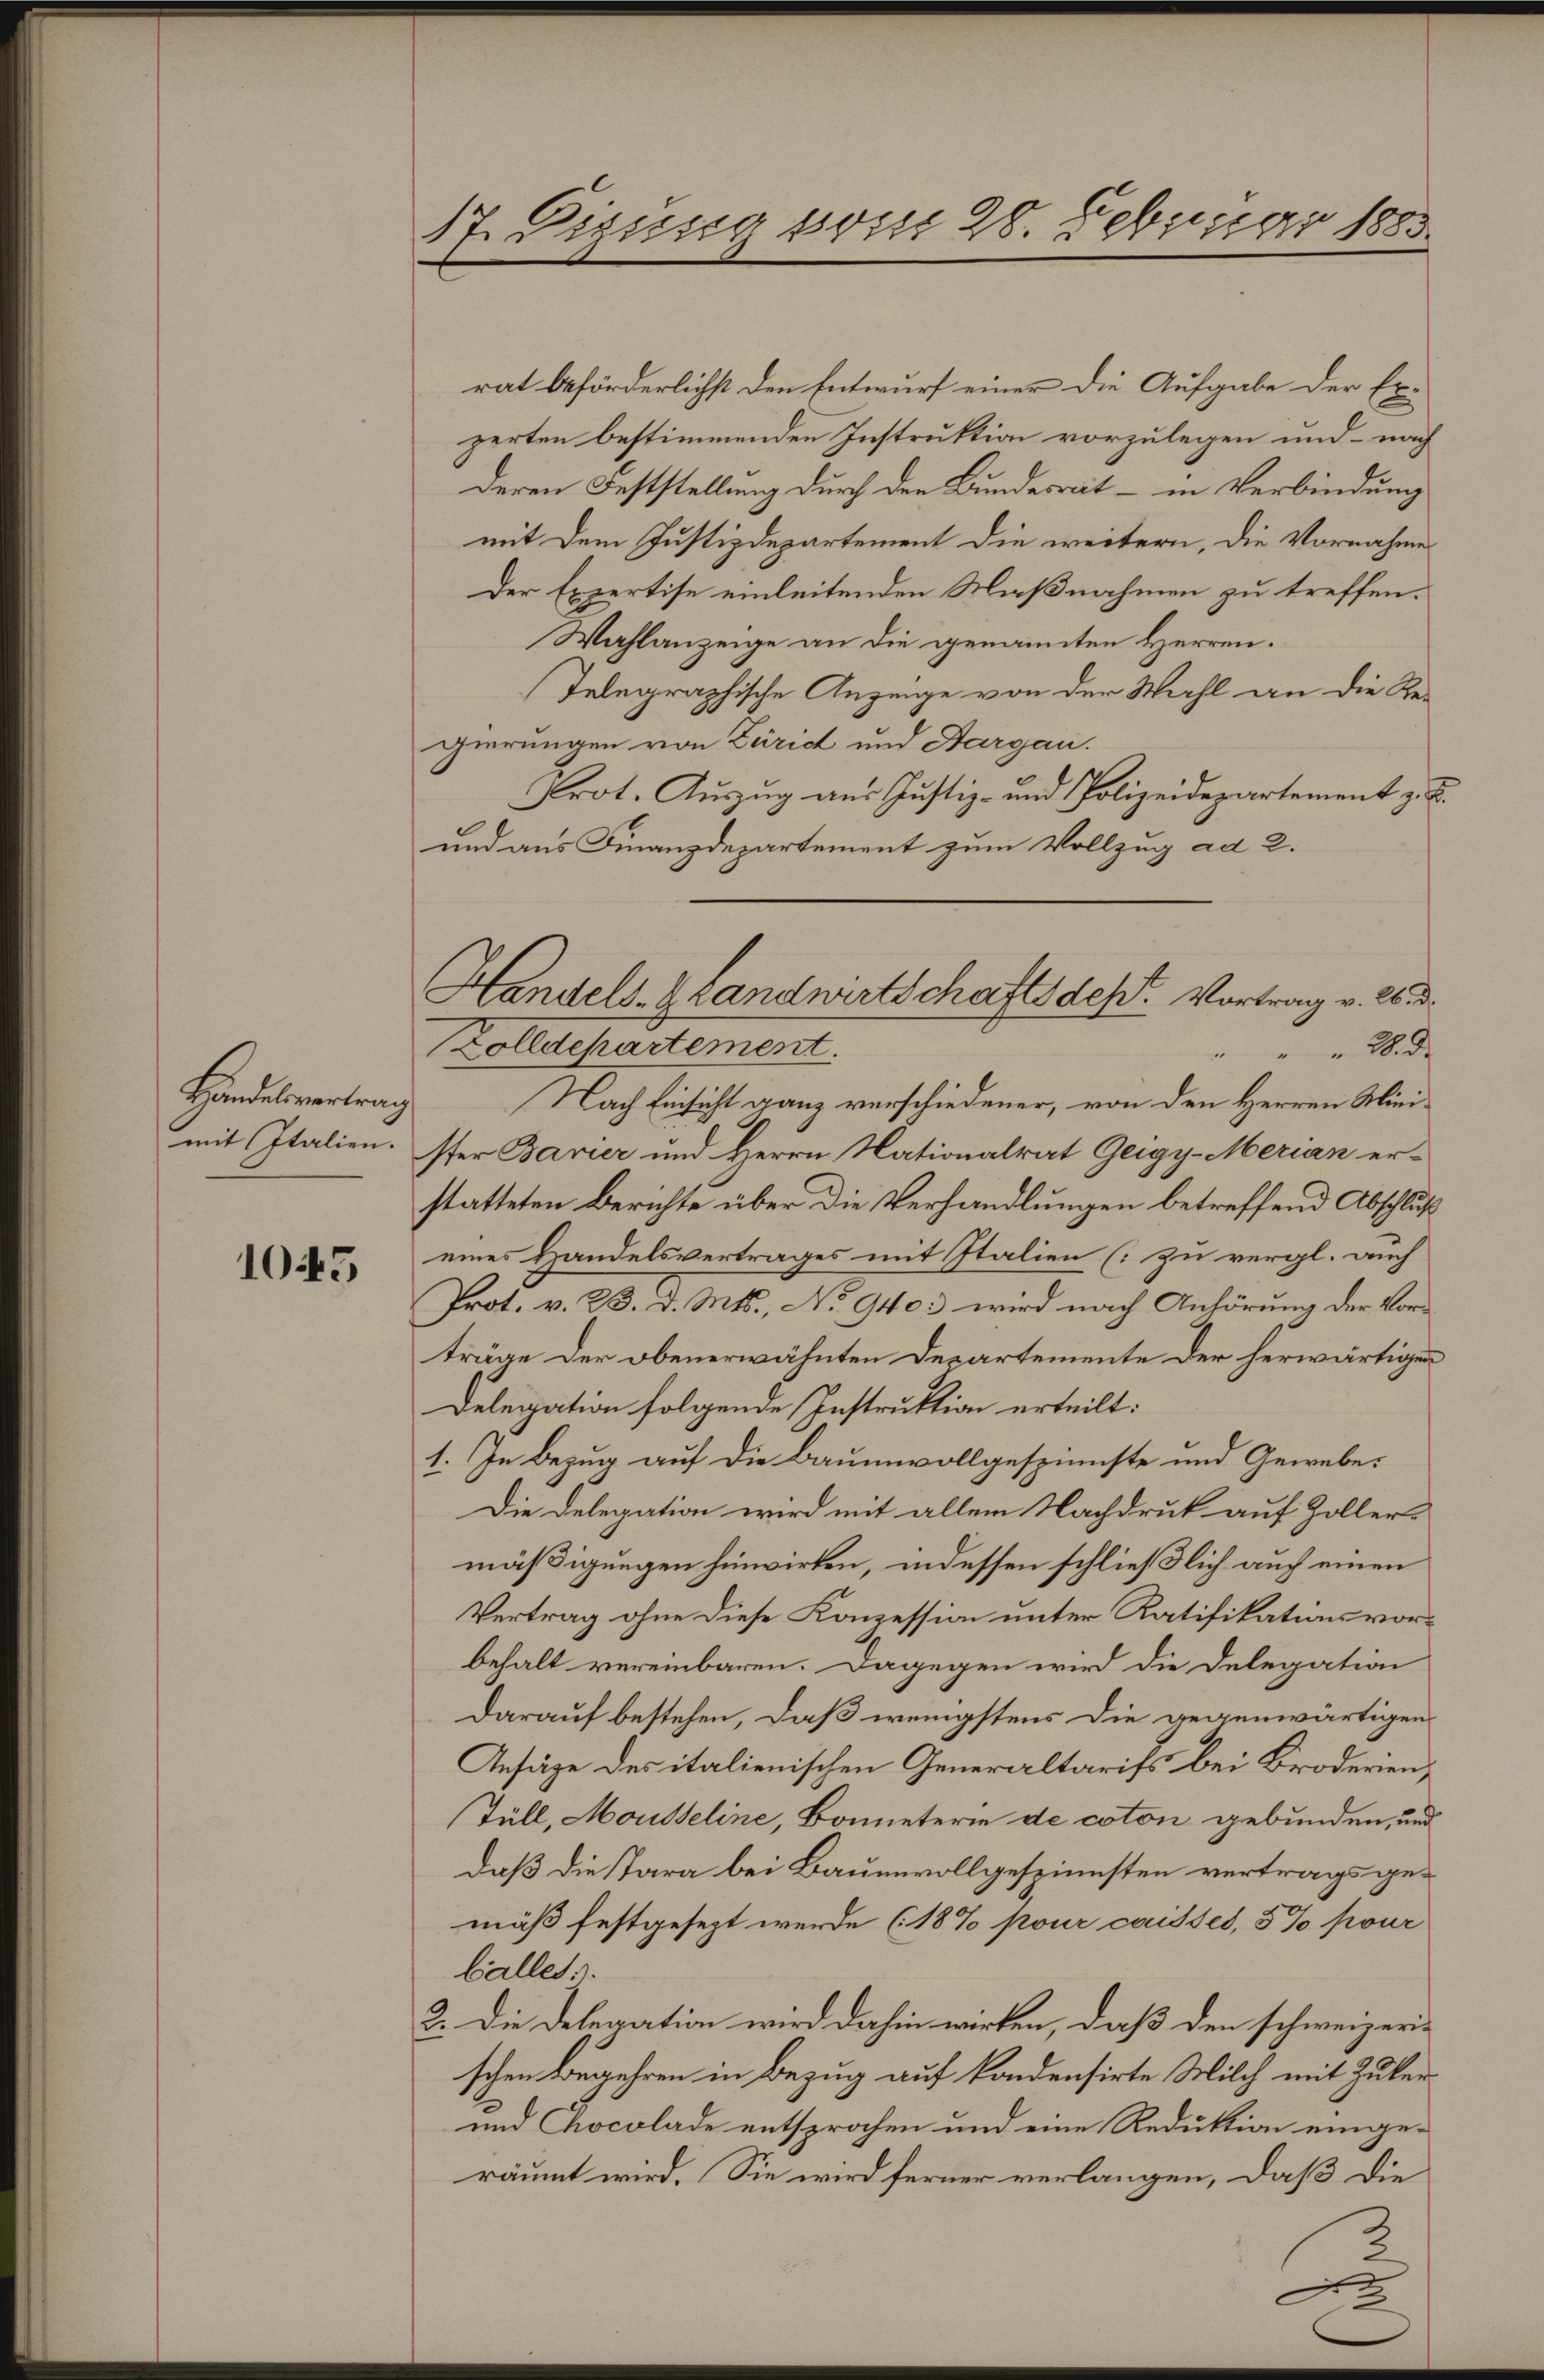
Handelsvertrag
mit Italien.

1045

17. Digung vom 28. Februar 1883.

rat beförderlichst den Entwurf einer die Aufgabe der Exzerten bestimmenden Instruktion vorzulegen und – nach
deren Feststellung durch den Bundesrat – in Verbindung
mit dem Justizdepartement die weitern, die Vornahme
Der Expertise einleitenden Maßnahmen zu treffen.
Wahlanzeige an die genannten Herren.
Telegraphische Anzeige von der Wahl an die Re-
gierungen von Zürich und Aargau.
Prot. Auszug aus Justiz- und Polizeidepartement z. B.
und aus Finanzdepartement zum Vollzug ad 2.
Nach Einsicht ganz verschiedener, von den Herren Mini-
ster Bavier und Herrn Nationalrat Geigy-Merian er-
statteten Berichte über die Verhandlungen betreffend Abschluß
eines Handelsvertrages mit Italien (zu vergl. auch
Prot. v. 23. d. Mts., No 940. wird nach Anhörung der Vorträge der obenerwähnten Departemente der herwärtigen
Delegation folgende Instruktion erteilt:
1. In Bezug auf die Baumwollgespinnste und Gewebe¬
Die Delegation wird mit allem Nachdruk auf Zoller-
mäßigungen hinwirken, indessen schließlich auch einen
Vertrag ohne diese Konzession unter Ratifikationsvorbehalt vereinbaren. Dagegen wird die Delegation
darauf bestehen, daß wenigstens die gegenwärtigen
Ansäge des italienischen Generaltarifs bei Broderien,
Tüll, Mousseline, Boneterie de coton gebunden, und
daß die Tara bei Bauenvoll gespinnsten vertrags gemäß festgesezt werde (18% pour caisses, 5% pour
balles ..
2. Die Delegation wird dahin wirken, daß den schweizeri-
schen Borgehren in Bezug auf kondensirte Milch mit Zuter
und Chocolade entsprochen und eine Reduktion eingeräumt wird. Sie wird ferner verlangen, daß die
2

Handels- & Landwirtschafts des Vortrag v. 26. d.
Zolldepartement.
2.